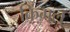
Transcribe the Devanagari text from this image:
किंगल